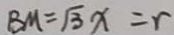
B M = \sqrt { 3 } x = r